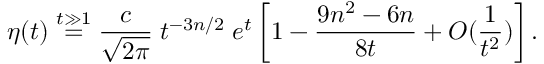
\eta ( t ) \stackrel { t \gg 1 } { = } { \frac { c } { \sqrt { 2 \pi } } } \; t ^ { - 3 n / 2 } \; e ^ { t } \left[ 1 - \frac { 9 n ^ { 2 } - 6 n } { 8 t } + { \cal O } ( { \frac { 1 } { t ^ { 2 } } } ) \right] .